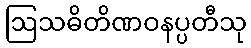
ဩသဓိတိဏဝနပ္ပတီသု